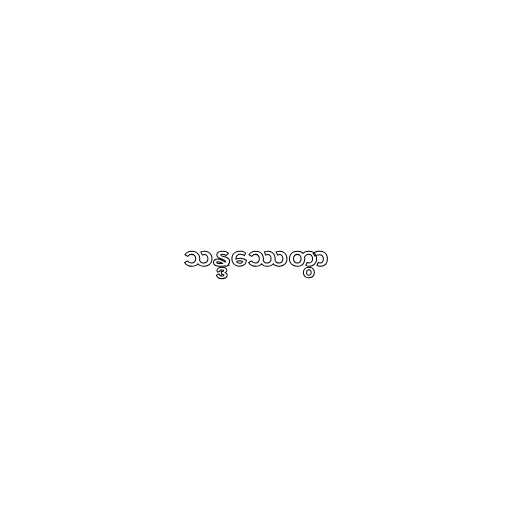
သန္ဒဿေတွာ